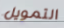
التمويل